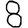
Digit: 8